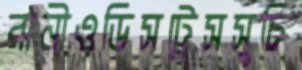
রানীওডিসট্রেসসুচি